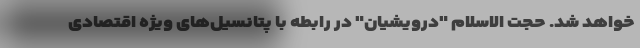
خواهد شد. حجت الاسلام "درویشیان" در رابطه با پتانسیل‌های ویژه اقتصادی